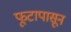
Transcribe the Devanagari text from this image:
फूटापासून